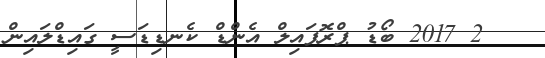
2 2017 ބޯޑު ޕްރޮފައިލް އެންޑް ކެނޑިޑަސީ ގައިޑްލައިން